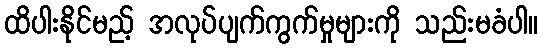
ထိပါးနိုင်မည့် အလုပ်ပျက်ကွက်မှုများကို သည်းမခံပါ။